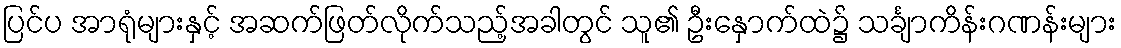
ပြင်ပ အာရုံများနှင့် အဆက်ဖြတ်လိုက်သည့်အခါတွင် သူ၏ ဦးနှောက်ထဲ၌ သင်္ချာကိန်းဂဏန်းများ